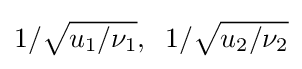
{\textstyle {1}/{\sqrt {u_{1}/\nu _{1}}},\;\;{1}/{\sqrt {u_{2}/\nu _{2}}}}